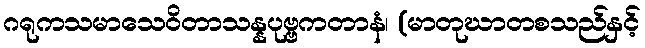
ဂရုကသမာသေဝိတာသန္နပုဗ္ဗကတာနံ၊ (မာတုဃာတစသည်နှင့်